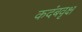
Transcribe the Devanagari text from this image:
कदंबवृक्ष